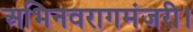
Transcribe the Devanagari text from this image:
अभिनवरागमंजरी।